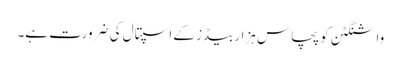
واشنگٹن کو پچاس ہزار بیڈز کے اسپتال کی ضرورت ہے۔